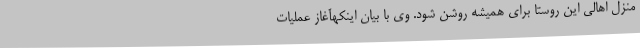
منزل اهالی این روستا برای همیشه روشن شود. وی با بیان اینکهآغاز عملیات